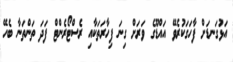
އަޅުގަނޑަށް ފާހަގަކުރެވޭ އައްޑޫގެ ވަރަށް ގިނަ ފިހާރަތަކާއި ރެސްޓޯރެންޓް ފަދަ ތަންތަނާ ބެހޭ